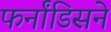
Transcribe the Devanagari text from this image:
फर्नांडिसने